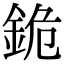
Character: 䤥